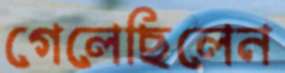
গেলেছিলেন